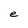
Character: e